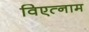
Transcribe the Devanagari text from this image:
विएत्नाम